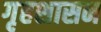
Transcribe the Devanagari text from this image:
गृहशासन